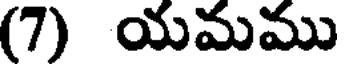
(7) యమము